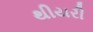
થીયરી